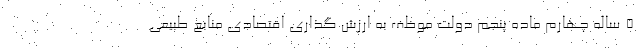
۵ ساله چهارم ماده پنجم دولت موظف به ارزش گذاری اقتصادی منابع طبیعی